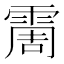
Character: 霌